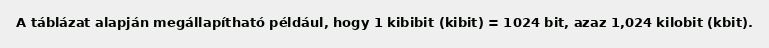
A táblázat alapján megállapítható például, hogy 1 kibibit (kibit) = 1024 bit, azaz 1,024 kilobit (kbit).